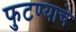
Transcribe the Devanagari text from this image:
फुटण्याचे